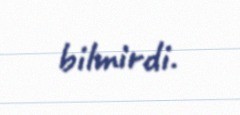
bilmirdi.